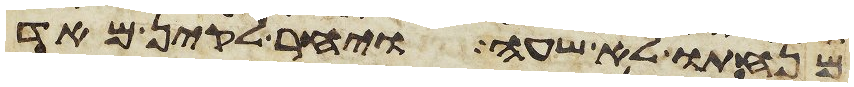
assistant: מנחתו לא שעה ויחר לקין מאד